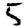
Digit: 5